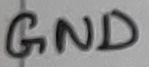
Text: GND